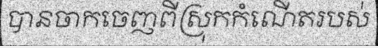
បានចាកចេញពីស្រុកកំណើតរបស់